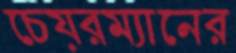
চেয়রম্যানের